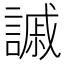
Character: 𧫳